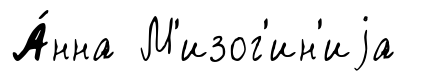
А́нна М'изог'ин'иjа